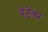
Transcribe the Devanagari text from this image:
पेटेलर